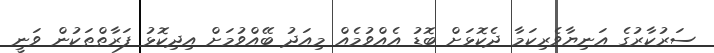
ސަރުކާރުގެ އަނިޔާވެރިކަމާ ދެކޮޅަށް ބޮޑު އެއްވުމެެއް މިއަދު ބޭއްވުމަށް އިދިކޮޅު ފަރާތްތަކުން ވަނީ